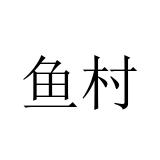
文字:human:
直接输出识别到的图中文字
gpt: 鱼村